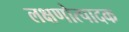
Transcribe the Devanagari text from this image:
लक्षणोत्पादक